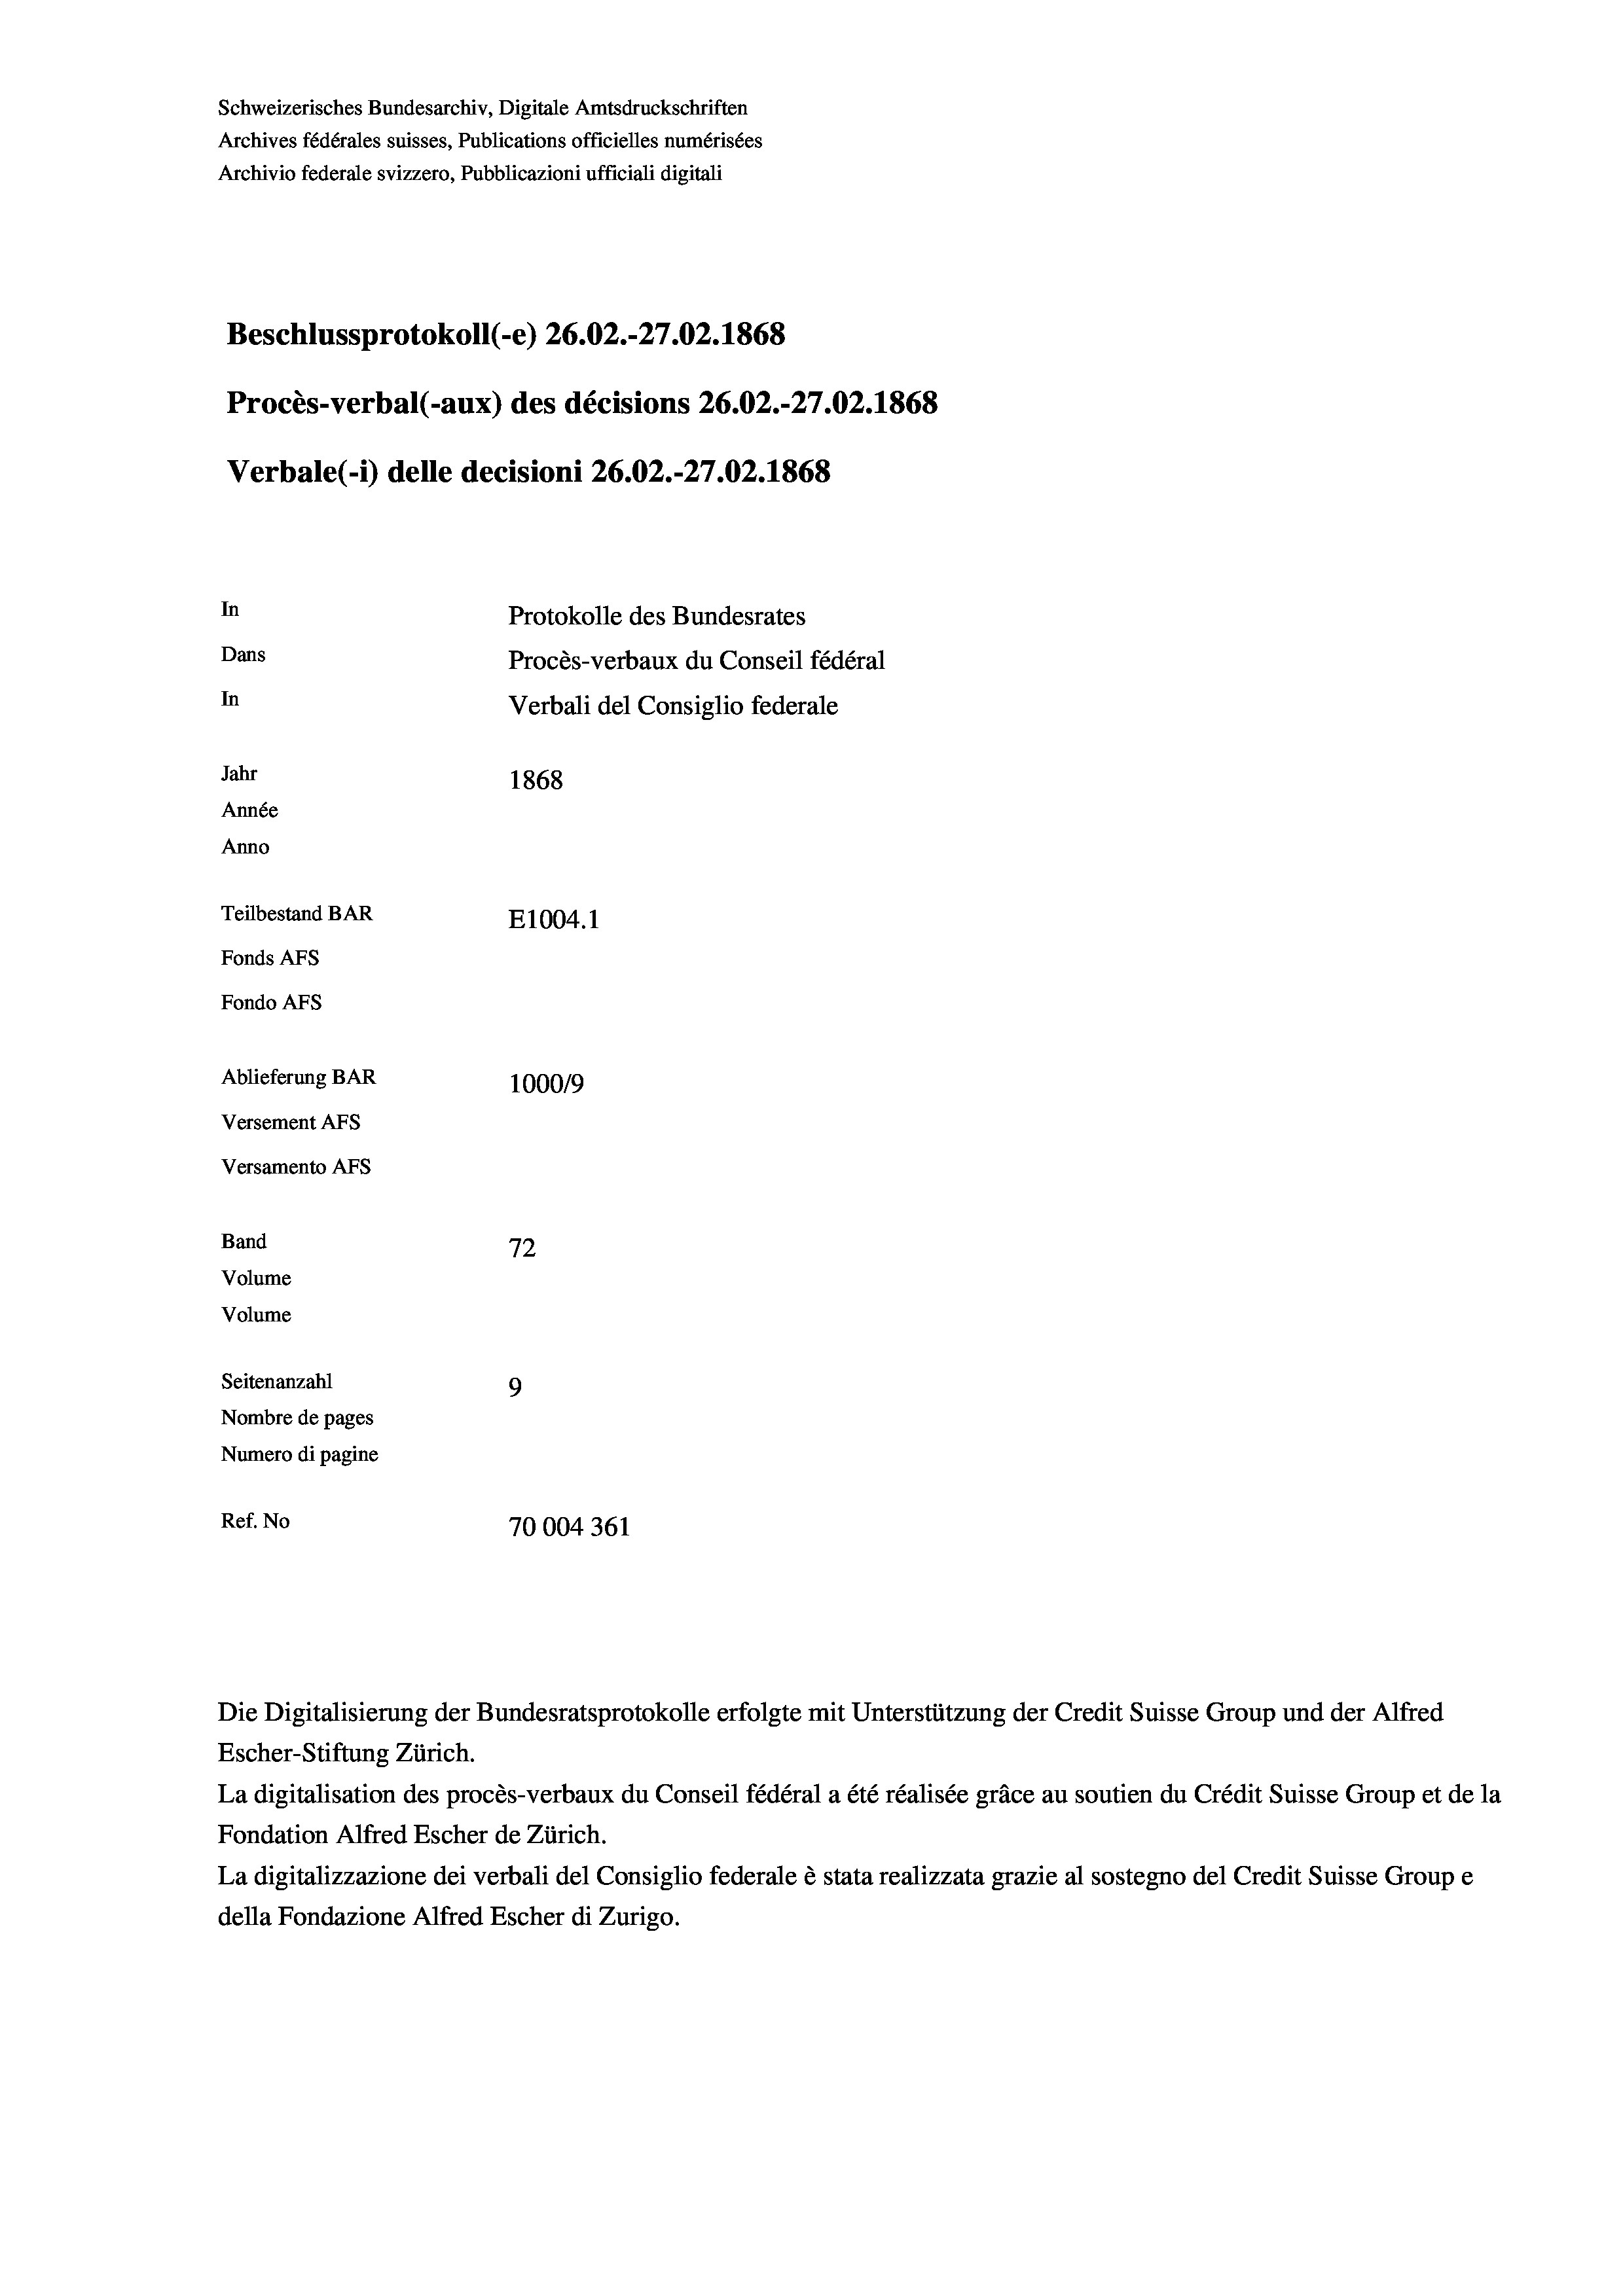
Schweizerisches Bundesarchiv, Digitale Amtsdruckschriften
Archives fédérales suisses, Publications officielles numérisées
Archivio federale svizzero, Pubblicazioni ufficiali digitali
Beschlussprotokoll (-e) 26.02.-27.02. 1868
Procès-verbal (-aux) des décisions 26.02.-27.02. 1868
Verbale(-*) delle decisioni 26.02.-27.02. 1868
In
Protokolle des Bundesrates
Dans
Procès-verbaux du Conseil fédéral
In
Verbali del Consiglio federale
Jahr
1868
Année
Anno
Teilbestand BAR
E1004.1
Fonds AFs
Fondo AFS
Ablieferung BAR
100019
Versement AFs
Versamento AFs
Band
72
Volume
Volume
Seitenanzahl
9
Nombre de pages
Numero di pagine

Ref. No
70004361

La digitalisation des procès-verbaux du Conseil fédéral a été réalisée gräce au soutien du Crédit Suisse Group et de la
Fondation Alfred Escher de Zürich.
La digitalizzazione dei verbali del Consiglio federale è stata realizzata grazie al sostegno del Credit Suisse Groupe
della Fondazione Alfred Escher di Zurigo.

Die Digitalisierung der Bundesratsprotokolle erfolgte mit Unterstützung der Credit Suisse Group und der Alfred
Escher-Stiftung Zürich.